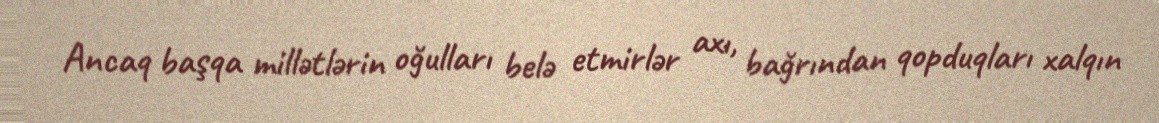
Ancaq başqa millətlərin oğulları belə etmirlər axı, bağrından qopduqları xalqın